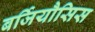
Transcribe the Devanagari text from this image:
बर्जियौसिस